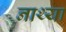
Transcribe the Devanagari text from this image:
नाथ्या